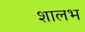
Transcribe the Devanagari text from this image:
शालभ